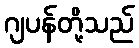
ဂျပန်တို့သည်